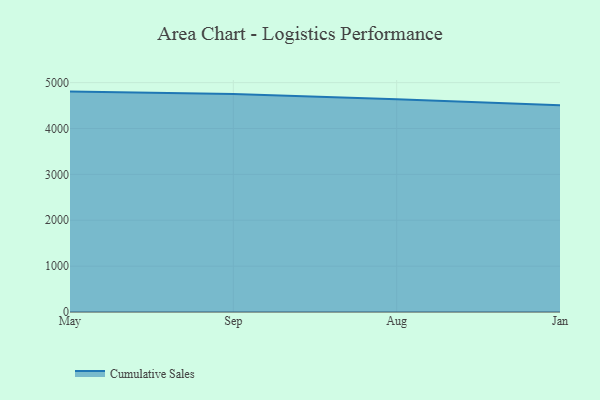
{"axis": {"x": "Month", "y": "Net Income (USD K)"}, "legend": ["Cumulative Sales"], "data": [{"x": "May", "y": 4804.7, "type": "Cumulative Sales"}, {"x": "Sep", "y": 4751.5, "type": "Cumulative Sales"}, {"x": "Aug", "y": 4637.3, "type": "Cumulative Sales"}, {"x": "Jan", "y": 4505.2, "type": "Cumulative Sales"}]}